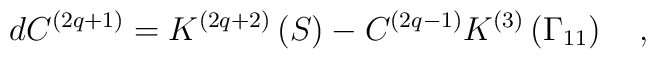
dC^{\left( 2q+1\right) }=K^{\left( 2q+2\right) }\left( S\right)-C^{\left( 2q-1\right) }K^{\left( 3\right) }\left( \Gamma _{11}\right) \quad,